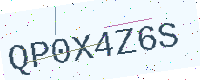
Text: QP0X4Z6S